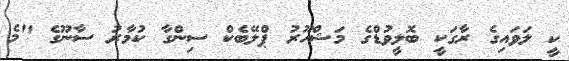
ކީ ލަވައިގެ ރާގަކީ ބޮލީވުޑްގެ މަޝްހޫރު ޕްލޭބެކް ސިންގާ ކުމާރު ސާނޫގެ "މެ